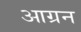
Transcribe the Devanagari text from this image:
आग्रन